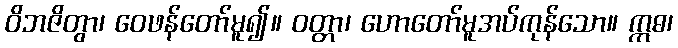
ဝိဘဇိတွာ၊ ဝေဖန်တော်မူ၍။ ဝတ္တာ၊ ဟောတော်မူအပ်ကုန်သော။ ဣဓ၊